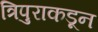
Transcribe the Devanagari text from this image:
त्रिपुराकडून